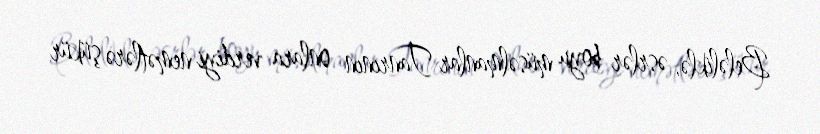
Beləliklə, əsrlər boyu müsəlmanlar Tanrının onlara verdiyi nemətlərə şükür